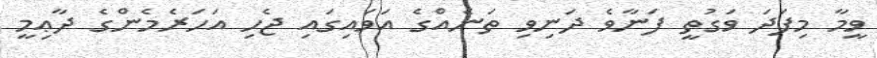
ވީމާ މިފަދަ ވަގުތީ ފަނާވެ ދަނިވި ތަނެއްގެ އަވައިގައި ޖެހި އަހަރެމެންގެ ދާޢިމީ